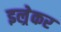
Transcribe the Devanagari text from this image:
इल्रेकर